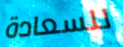
للسعادة